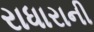
રાધારાની